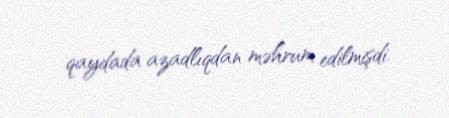
qaydada azadlıqdan məhrum edilmişdi.